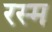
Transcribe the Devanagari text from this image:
रस्‍म